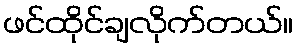
ဖင်ထိုင်ချလိုက်တယ်။